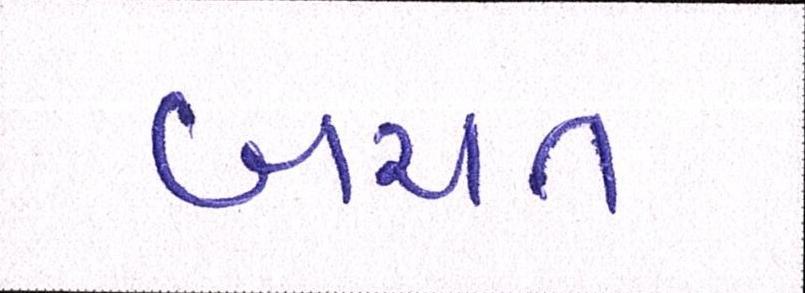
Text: બચત